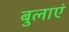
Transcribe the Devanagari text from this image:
बुलाएं